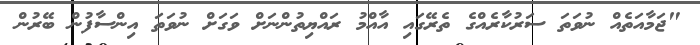
"ޖަމާއަތެއް ނުވަތަ ސަރުކާރެއްގެ ތެރޭގައި އާއްމު ރައްޔިތުންނަށް ވަގަށް ނުވަތަ އިންސާފުން ބޭރުން